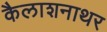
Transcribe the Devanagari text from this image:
कैलाशनाथर